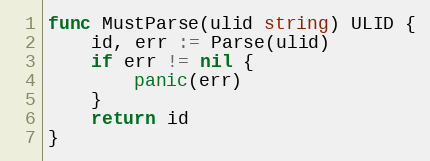
Language: Go
func MustParse(ulid string) ULID {
	id, err := Parse(ulid)
	if err != nil {
		panic(err)
	}
	return id
}